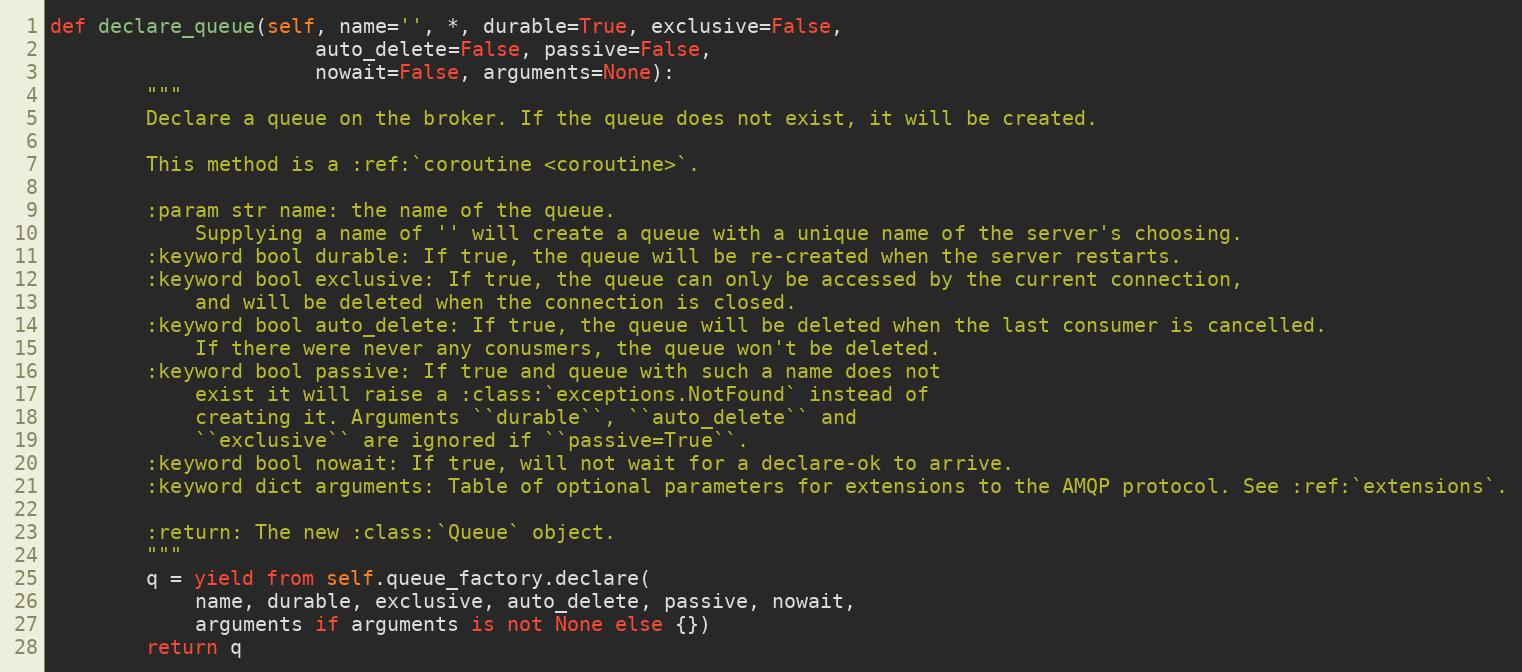
Language: Python
def declare_queue(self, name='', *, durable=True, exclusive=False,
                      auto_delete=False, passive=False,
                      nowait=False, arguments=None):
        """
        Declare a queue on the broker. If the queue does not exist, it will be created.

        This method is a :ref:`coroutine <coroutine>`.

        :param str name: the name of the queue.
            Supplying a name of '' will create a queue with a unique name of the server's choosing.
        :keyword bool durable: If true, the queue will be re-created when the server restarts.
        :keyword bool exclusive: If true, the queue can only be accessed by the current connection,
            and will be deleted when the connection is closed.
        :keyword bool auto_delete: If true, the queue will be deleted when the last consumer is cancelled.
            If there were never any conusmers, the queue won't be deleted.
        :keyword bool passive: If true and queue with such a name does not
            exist it will raise a :class:`exceptions.NotFound` instead of
            creating it. Arguments ``durable``, ``auto_delete`` and
            ``exclusive`` are ignored if ``passive=True``.
        :keyword bool nowait: If true, will not wait for a declare-ok to arrive.
        :keyword dict arguments: Table of optional parameters for extensions to the AMQP protocol. See :ref:`extensions`.

        :return: The new :class:`Queue` object.
        """
        q = yield from self.queue_factory.declare(
            name, durable, exclusive, auto_delete, passive, nowait,
            arguments if arguments is not None else {})
        return q